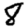
Digit: 8